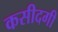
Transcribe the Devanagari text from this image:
कसीदगी